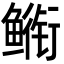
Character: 𮬣